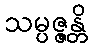
သမ္ပဇ္ဇန္တိ